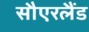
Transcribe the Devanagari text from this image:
सौएरलैंड